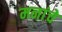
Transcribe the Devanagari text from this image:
मनांचे